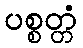
ပစ္စတ္တံ